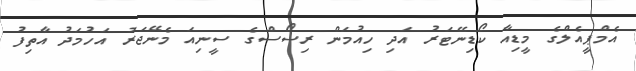
އެމްޕީއެލްގެ މީޑިއާ ކޯޑިނޭޓަރު އަދި ހިއުމަން ރިސޯސްގެ ސީނިއަ މެނޭޖަރު އަހުމަދު އާތިފު